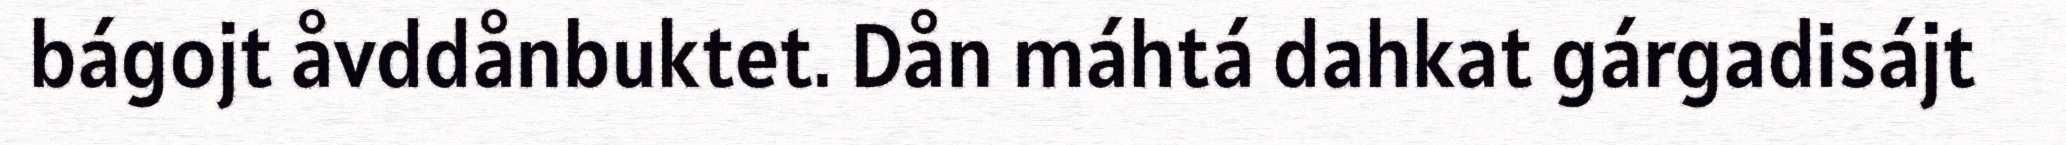
bágojt åvddånbuktet. Dån máhtá dahkat gárgadisájt